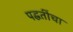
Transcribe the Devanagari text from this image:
पद्घतींचा